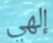
إلهي